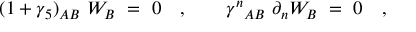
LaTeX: ( 1 + \gamma _ { 5 } ) _ { A B } \ W _ { B } \ = \ 0 \quad , \qquad { \gamma ^ { n } } _ { A B } \ \partial _ { n } W _ { B } \ = \ 0 \quad ,